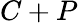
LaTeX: C+P